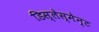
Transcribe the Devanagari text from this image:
डिस्लेस्मेन्ट